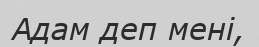
Адам деп мені,